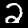
Label: 2